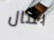
بمال